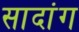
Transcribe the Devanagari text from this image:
सादांग